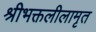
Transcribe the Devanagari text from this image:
श्रीभक्तलीलामृत